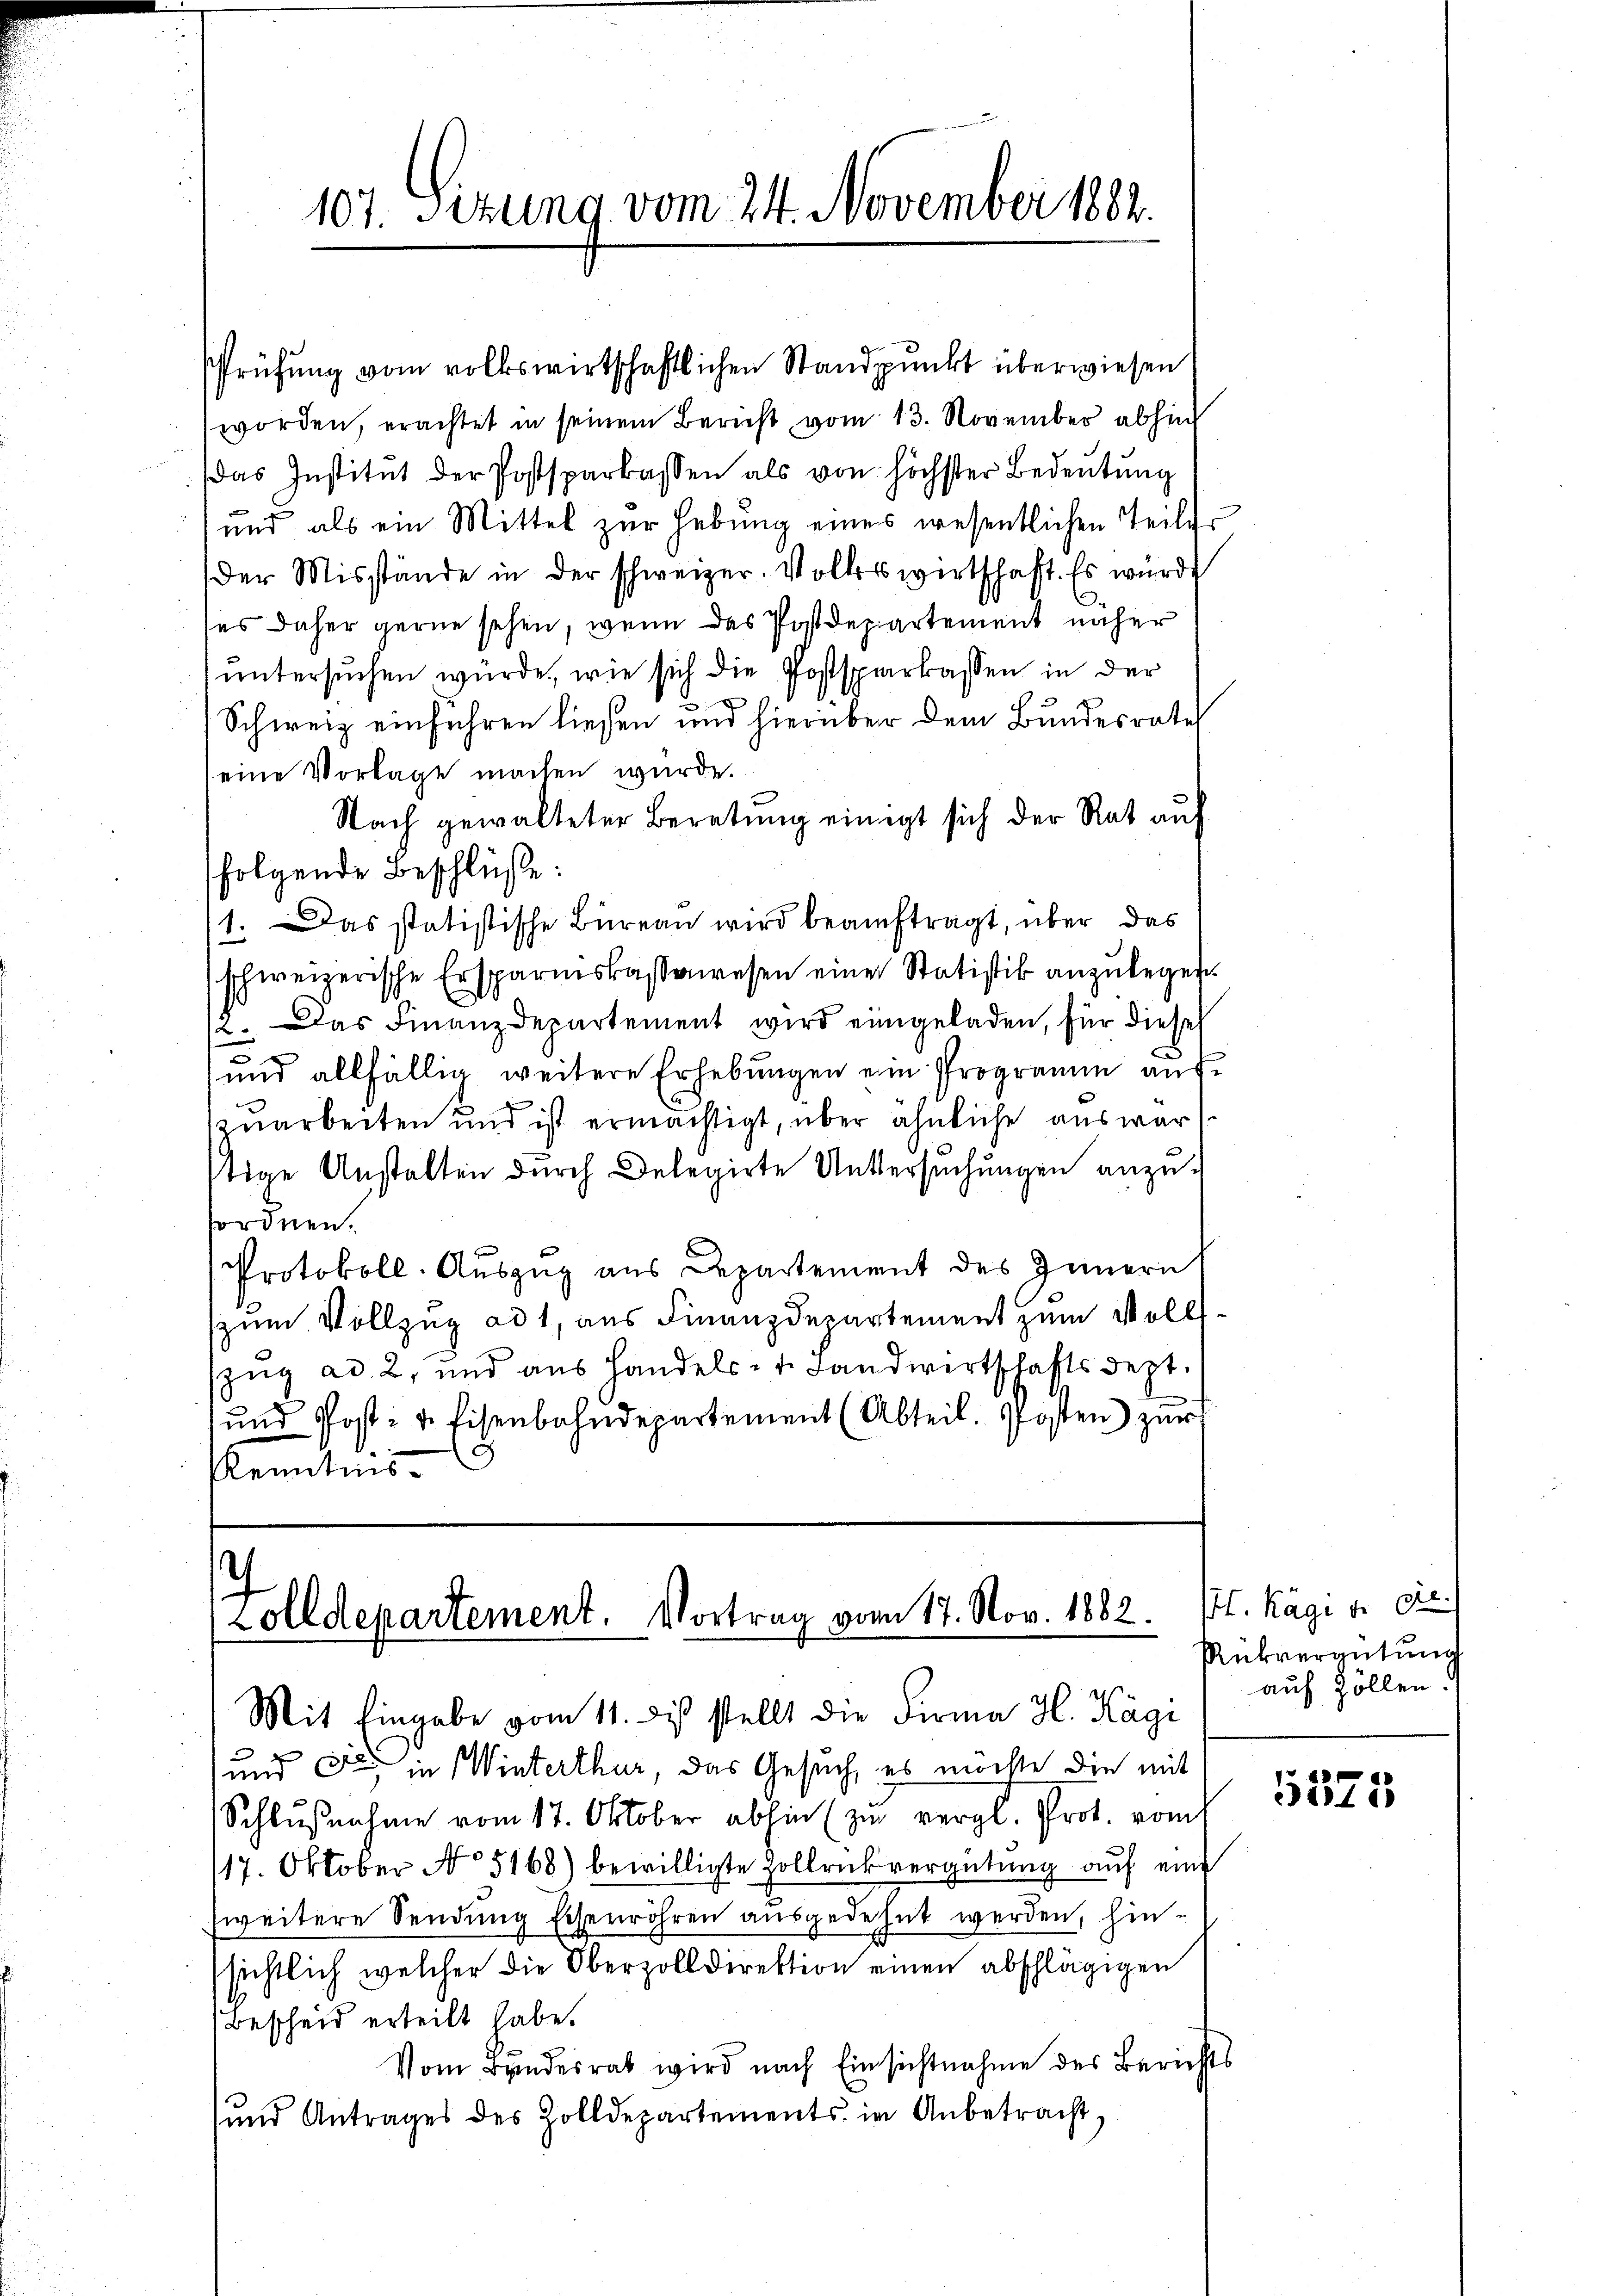
107. Sizung vom 24. November 1882.

worden, erachtet in seinem Bericht vom 13. November abhin
das Institut der Postsparkassen als von höchster Bedeutung
e
und als ein Mittel zur Hebung eines wesentlichen Teiler
der Misstände in der schweizer. Volkswirtschaft. Es wurde
es daher gerne sehen, wenn das Postdepartement näher
untersuchen wurde, wie sich die Postsparkassen in der
Schweiz einfahren ließen und hierüber dem Bundesrate
eine Vorlage machen wurde.
Nach gewalteter Beratung einigt sich der Rat auf
folgende Beschlüße:
1. Das statistische Büreau wird beauftragt, über das
schweizerische Ersparmskassenwesen einer Statistik anzulegen.
2. Das Finanzdepartement wird eingeladen, für diese
und allfällig weitere Erhebungen ein Programm auf
zuarbeiten und ist ermächtigt, über ähnliche aus war
tige Anstalten durch Delegirte Untersuchungen anzufordnen.
Protokoll-Auszug aus Departement des Innern
(zum Vollzug ad 1, aus Finanzdepartement zum Vollszug ad 2, und aus Handels- u. Landwirtschaftsdept.
und Post- u. Eisenbahndepartement (Abteil. Posten) zur
Kenntnis

Prüfung vom volkswirtschaftlichen Standpunkt überwiesen

olldepartement. Vortrag vom 17. Nov. 1882.
Mit Eingabe vom 11. des stellt die Firma H. Kägi

und den in Winterthur, das Gesuch, es möchte die mit
Schlŭβnahme vom 17. Oktober abhin (zu vergl. Prot. vom
17. Oktober No 5168) bewilligte Zollrückvergütung aŭf ein
zweitere Sendung Eisenröhren ausgedehnt werden, hinsichtlich welcher die Oberzolldirektion einen abschlägigen
(Bescheid erteilt habe.
Vom Bandesrat wird nach Einsichtnahme des Berichts
und Antrages des Zolldepartements in Anbetracht,

. Käge de ce
Rükvergütung
auf Zöllen.

5575